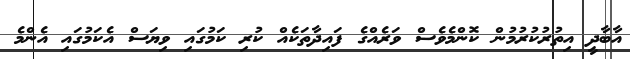
އާބާދީ އިތުރުކުރުމުން ކޮންމެވެސް ވަރެއްގެ ފައިދާތަކެއް ކުރި ކަމުގައި ވިޔަސް އެކަމުގައި އެންމެ